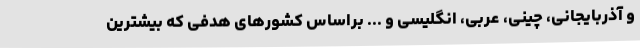
و آذربایجانی، چینی، عربی، انگلیسی و ... براساس کشورهای هدفی که بیشترین